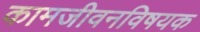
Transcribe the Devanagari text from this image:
कामजीवनविषयक